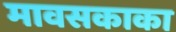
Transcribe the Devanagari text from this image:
मावसकाका